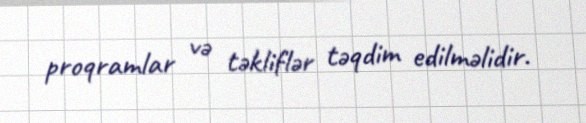
proqramlar və təkliflər təqdim edilməlidir.